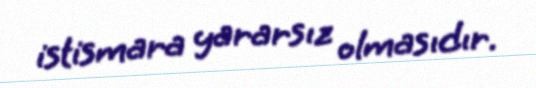
istismara yararsız olmasıdır.